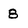
Character: 8